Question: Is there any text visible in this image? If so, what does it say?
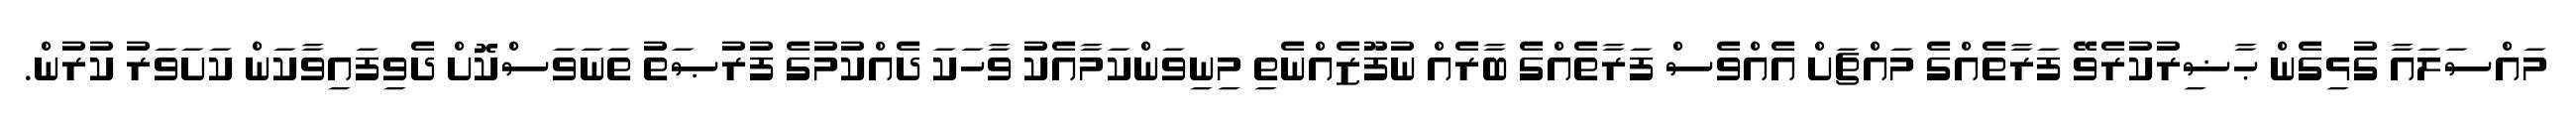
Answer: މައްސަލައާ ގުޅިގެން ޙާޟިރުކުރެވޭ ފަރާތެއްގެ މައްޗަށް އެއްވެސް ފަރާތެއްގެ ބާރެއް ނުފޫޒެއްނެތި މިނިވަންކަމާއެކު ވާހަކަ ދެއްކުމުގެ ފުރުޞަތު ތަނަވަސްކޮށް ދެވިފައިވާކަން ކަށަވަރު ކުރުން.